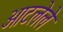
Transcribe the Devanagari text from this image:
आटलेले